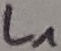
Text: L1